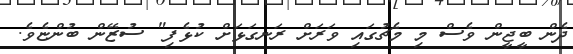
ދެން ބީޖީން ވެސް މި މެޗުގައި ވަރަށް ރަނގަޅަށް ކުޅެފި" ސުޒޭން ބުންޏެވެ.